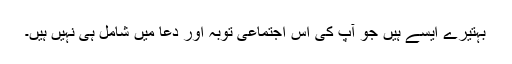
بہتیرے ایسے ہیں جو آپ کی اس اجتماعی توبہ اور دعا میں شامل ہی نہیں ہیں۔